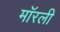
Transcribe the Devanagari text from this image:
मॉरली